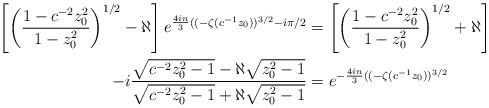
LaTeX: \begin{align*}\left[\left(\frac{1-c^{-2}z_0^2}{1-z_0^2}\right)^{1/2}-\aleph\right]e^{\frac{4in}{3}((-\zeta(c^{-1}z_0))^{3/2}-i\pi/2}&=\left[\left(\frac{1-c^{-2}z_0^2}{1-z_0^2}\right)^{1/2}+ \aleph \right]\\-i\frac{\sqrt{c^{-2}z_0^2-1}-\aleph \sqrt{z_0^2-1}}{\sqrt{c^{-2}z_0^2-1}+\aleph\sqrt{z_0^2-1}}&=e^{-\frac{4in}{3}((-\zeta(c^{-1}z_0))^{3/2}}\end{align*}